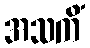
အသကိံ